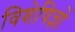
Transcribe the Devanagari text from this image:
विशेषिज्ञों